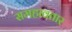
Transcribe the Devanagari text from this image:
समहावतार